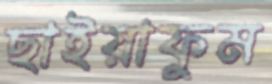
ছাইয়াফুম